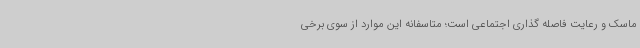
ماسک و رعایت فاصله گذاری اجتماعی است؛ متاسفانه این موارد از سوی برخی